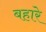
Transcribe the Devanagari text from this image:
बहारे